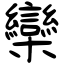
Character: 欒